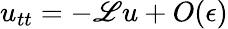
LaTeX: u_{tt}=-\mathscr{L}u+O(\epsilon)